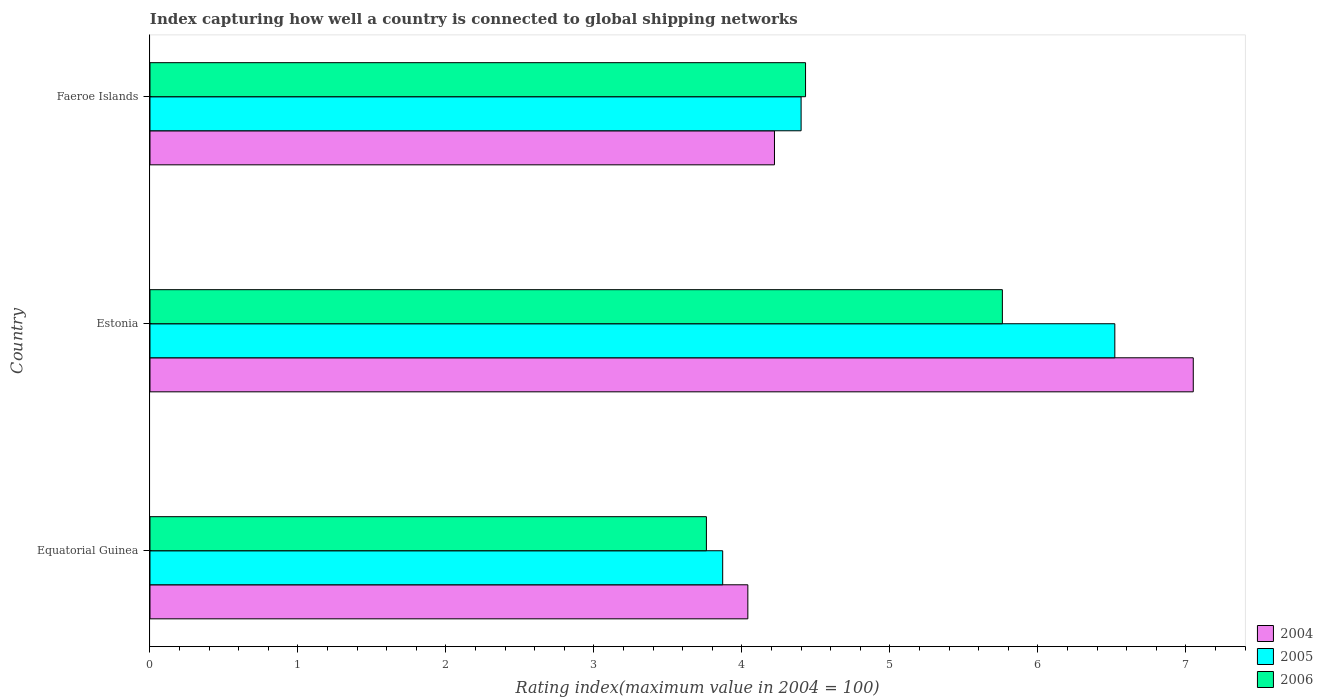
| Country | 2004 | 2005 | 2006 |
 | --- | --- | --- | --- |
 | Equatorial Guinea | 4.04 | 3.87 | 3.76 |
 | Estonia | 7.05 | 6.52 | 5.76 |
 | Faeroe Islands | 4.22 | 4.4 | 4.43 |